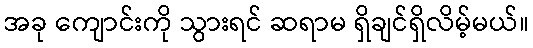
အခု ကျောင်းကို သွားရင် ဆရာမ ရှိချင်ရှိလိမ့်မယ်။